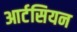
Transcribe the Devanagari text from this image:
आर्टसियन